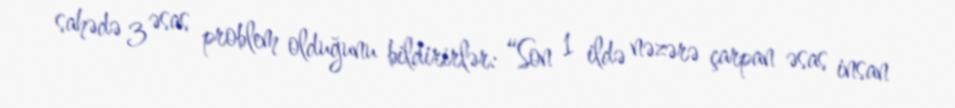
sahədə 3 əsas problem olduğunu bildirirlər: “Son 1 ildə nəzərə çarpan əsas insan